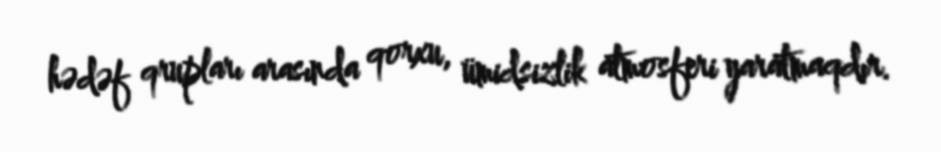
hədəf qrupları arasında qorxu, ümidsizlik atmosferi yaratmaqdır.